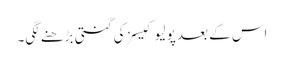
اس کے بعد پولیو کیسز کی گنتی بڑھنے لگی۔